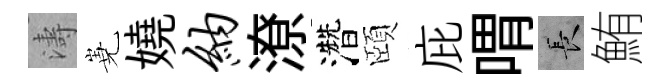
濤嶤嬈纳潦濳頤庇喟长鮪